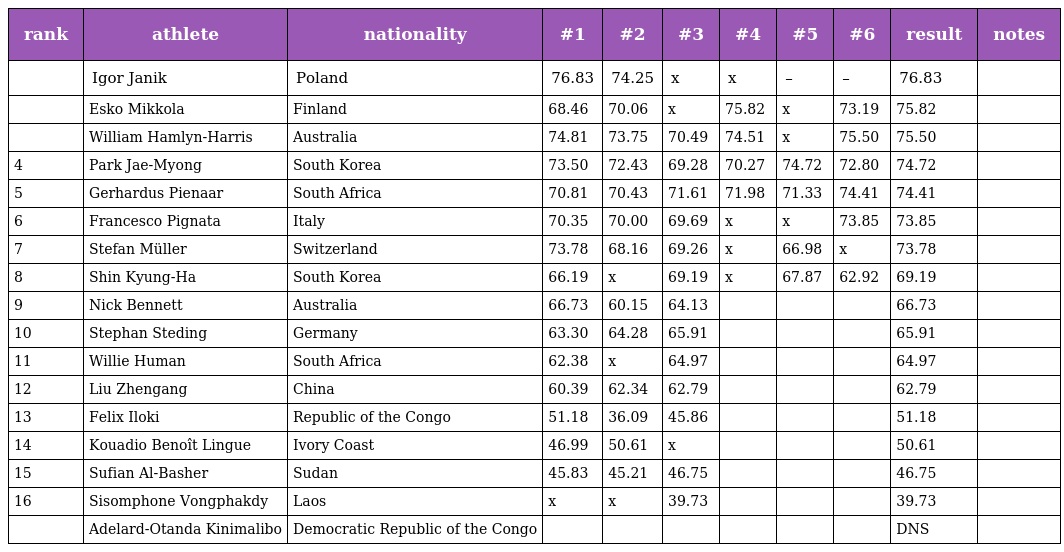
| rank | athlete | nationality | #1 | #2 | #3 | #4 | #5 | #6 | result | notes |
 | --- | --- | --- | --- | --- | --- | --- | --- | --- | --- | --- |
 |  | Igor Janik | Poland | 76.83 | 74.25 | x | x | – | – | 76.83 |  |
 |  | Esko Mikkola | Finland | 68.46 | 70.06 | x | 75.82 | x | 73.19 | 75.82 |  |
 |  | William Hamlyn-Harris | Australia | 74.81 | 73.75 | 70.49 | 74.51 | x | 75.50 | 75.50 |  |
 | 4 | Park Jae-Myong | South Korea | 73.50 | 72.43 | 69.28 | 70.27 | 74.72 | 72.80 | 74.72 |  |
 | 5 | Gerhardus Pienaar | South Africa | 70.81 | 70.43 | 71.61 | 71.98 | 71.33 | 74.41 | 74.41 |  |
 | 6 | Francesco Pignata | Italy | 70.35 | 70.00 | 69.69 | x | x | 73.85 | 73.85 |  |
 | 7 | Stefan Müller | Switzerland | 73.78 | 68.16 | 69.26 | x | 66.98 | x | 73.78 |  |
 | 8 | Shin Kyung-Ha | South Korea | 66.19 | x | 69.19 | x | 67.87 | 62.92 | 69.19 |  |
 | 9 | Nick Bennett | Australia | 66.73 | 60.15 | 64.13 |  |  |  | 66.73 |  |
 | 10 | Stephan Steding | Germany | 63.30 | 64.28 | 65.91 |  |  |  | 65.91 |  |
 | 11 | Willie Human | South Africa | 62.38 | x | 64.97 |  |  |  | 64.97 |  |
 | 12 | Liu Zhengang | China | 60.39 | 62.34 | 62.79 |  |  |  | 62.79 |  |
 | 13 | Felix Iloki | Republic of the Congo | 51.18 | 36.09 | 45.86 |  |  |  | 51.18 |  |
 | 14 | Kouadio Benoît Lingue | Ivory Coast | 46.99 | 50.61 | x |  |  |  | 50.61 |  |
 | 15 | Sufian Al-Basher | Sudan | 45.83 | 45.21 | 46.75 |  |  |  | 46.75 |  |
 | 16 | Sisomphone Vongphakdy | Laos | x | x | 39.73 |  |  |  | 39.73 |  |
 |  | Adelard-Otanda Kinimalibo | Democratic Republic of the Congo |  |  |  |  |  |  | DNS |  |